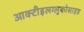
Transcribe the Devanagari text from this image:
आक्टीइलग्लुकोसाइड